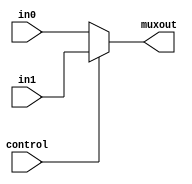
`timescale 1ns / 1ps
//////////////////////////////////////////////////////////////////////////////////
// Company: 
// Engineer: 
// 
// Design Name: 
// Module Name: Mux2_1
// Project Name: 
// Target Devices: 
// Tool Versions: 
// Description: 
// 
// Dependencies: 
// 
// Revision:
// Revision 0.01 - File Created
// Additional Comments:
// 
//////////////////////////////////////////////////////////////////////////////////


module Mux2_1 #(parameter width=32)(
    input [width-1:0] in0,
    input [width-1:0] in1,
    input control,
    output [width-1:0] muxout
    );
    
    assign #1 muxout = (control == 0) ? in0 : in1;
endmodule